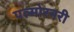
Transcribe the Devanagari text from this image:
पल्मोरनरी